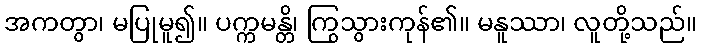
အကတွာ၊ မပြုမူ၍။ ပက္ကမန္တိ၊ ကြွသွားကုန်၏။ မနူဿာ၊ လူတို့သည်။